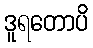
ဒူရတောပိ